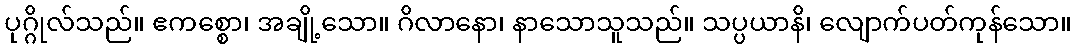
ပုဂ္ဂိုလ်သည်။ ဧကစ္စော၊ အချို့သော။ ဂိလာနော၊ နာသောသူသည်။ သပ္ပယာနိ၊ လျောက်ပတ်ကုန်သော။